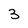
Character: 3